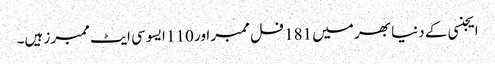
ایجنسی کے دنیا بھر میں 181 فل ممبر اور 110 ایسوسی ایٹ ممبرز ہیں۔